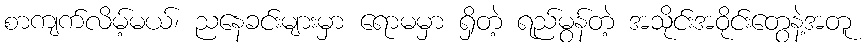
စာကျက်လိမ့်မယ်၊ ညနေခင်းများမှာ ရောမမှာ ရှိတဲ့ ရည်မွန်တဲ့ အသိုင်းအဝိုင်းတွေနဲ့အတူ